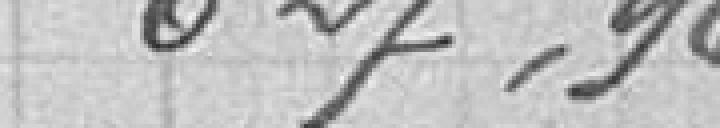
627,96